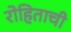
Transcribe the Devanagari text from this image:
रोहिताची